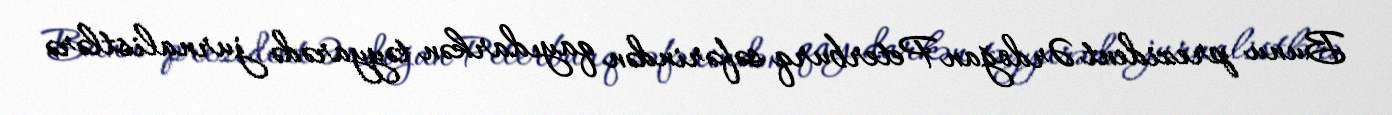
Bunu prezident Ərdoğan Peterburq səfərindən qayıdarkən təyyarədə jurnalistlərə